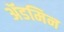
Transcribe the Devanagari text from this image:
ॲडमिन